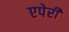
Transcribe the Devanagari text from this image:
एपेरी